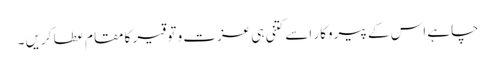
چاہے اس کے پیروکار اسے کتنی ہی عزت و توقیر کا مقام عطا کریں ۔